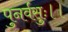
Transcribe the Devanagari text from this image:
पुनर्वसुः।।